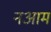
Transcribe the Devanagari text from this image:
नआम